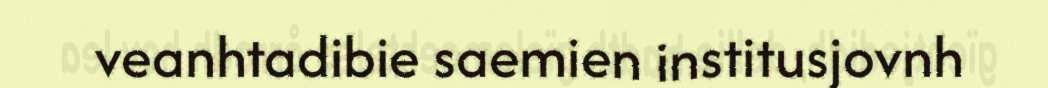
veanhtadibie saemien institusjovnh